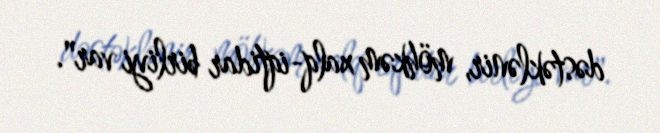
dəstəklənir, möhkəm xalq-iqtidar birliyi var".